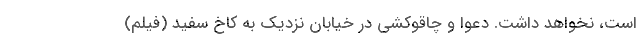
است، نخواهد داشت. دعوا و چاقوکشی در خیابان نزدیک به کاخ سفید (فیلم)